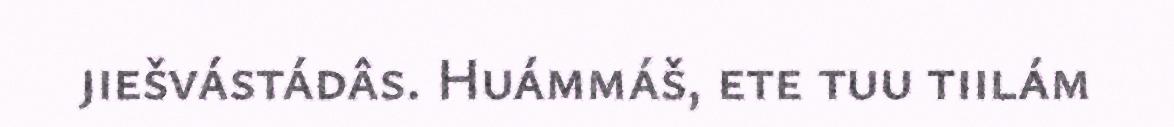
jiešvástádâs. Huámmáš, ete tuu tiilám